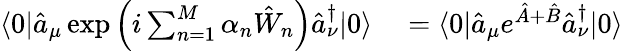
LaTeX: \begin{array}{rl}{\langle 0|\hat{a}_{\mu}\exp\left(i\sum_{n=1}^{M}\alpha_{n}\hat{W}_{n}\right)\hat{a}_{\nu}^{\dagger}|0\rangle}&{{}=\langle 0|\hat{a}_{\mu}e^{\hat{A}+\hat{B}}\hat{a}_{\nu}^{\dagger}|0\rangle}\end{array}